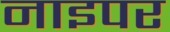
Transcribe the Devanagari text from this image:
नाइपर